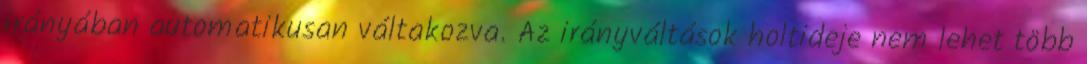
irányában automatikusan váltakozva. Az irányváltások holtideje nem lehet több